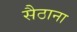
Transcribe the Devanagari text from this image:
सैठाना